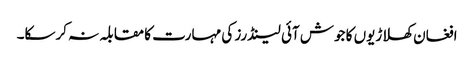
افغان کھلاڑیوں کا جوش آئی لینڈرز کی مہارت کا مقابلہ نہ کرسکا۔